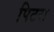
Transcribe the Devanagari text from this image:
पिटरा